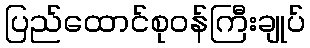
ပြည်ထောင်စုဝန်ကြီးချုပ်